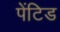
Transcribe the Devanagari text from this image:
पेंटिड